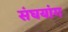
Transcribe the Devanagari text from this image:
संघयांग